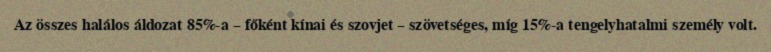
Az összes halálos áldozat 85%-a – főként kínai és szovjet – szövetséges, míg 15%-a tengelyhatalmi személy volt.